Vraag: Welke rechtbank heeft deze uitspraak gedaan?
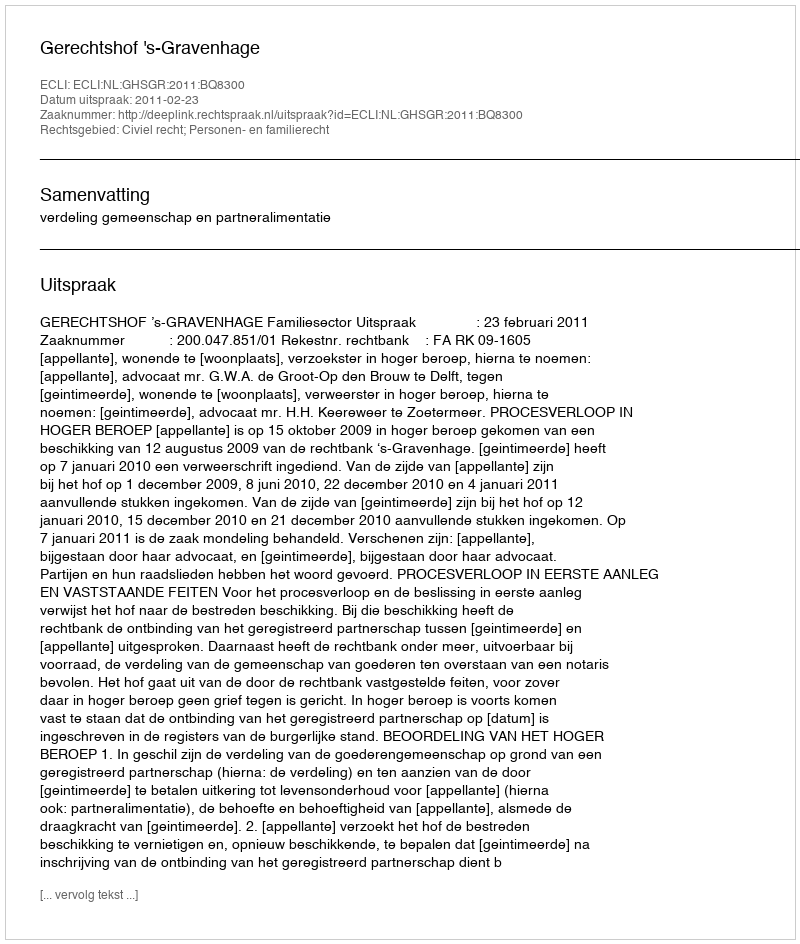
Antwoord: Gerechtshof 's-Gravenhage